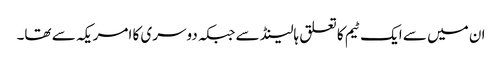
ان میں سے ایک ٹیم کا تعلق ہالینڈ سے جبکہ دوسری کا امریکہ سے تھا۔